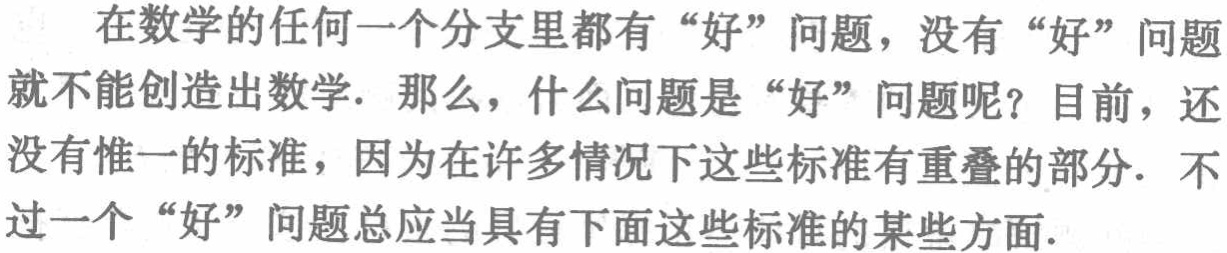
在数学的任何一个分支里都有“好”问题，没有“好”问题就不能创造出数学. 那么，什么问题是“好”问题呢？目前，还没有惟一的标准，因为在许多情况下这些标准有重叠的部分. 不过一个“好”问题总应当具有下面这些标准的某些方面.